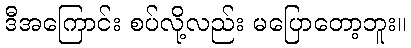
ဒီအကြောင်း စပ်လို့လည်း မပြောတော့ဘူး။